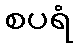
စပရံ